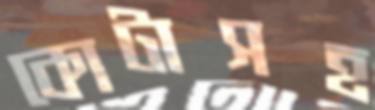
কোটাসহ